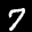
Label: 7